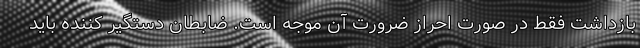
بازداشت فقط در صورت احراز ضرورت آن موجه است. ضابطان دستگیر کننده باید